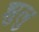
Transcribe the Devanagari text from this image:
झुलु